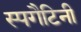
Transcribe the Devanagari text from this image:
स्पगैटिनी